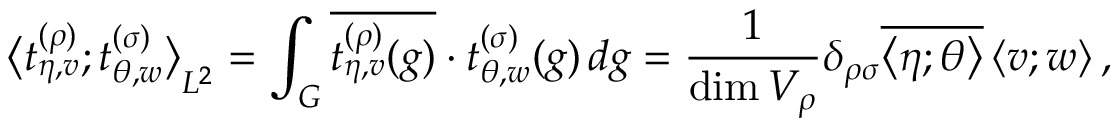
{ \bigl < t _ { \eta , v } ^ { ( \rho ) } ; t _ { \theta , w } ^ { ( \sigma ) } \bigr > } _ { L ^ { 2 } } = \int _ { G } \overline { { { t _ { \eta , v } ^ { ( \rho ) } ( g ) } } } \cdot t _ { \theta , w } ^ { ( \sigma ) } ( g ) \, d g = \frac { 1 } { \dim V _ { \rho } } \delta _ { \rho \sigma } \overline { { { \left< \eta ; \theta \right> } } } \left< v ; w \right> ,